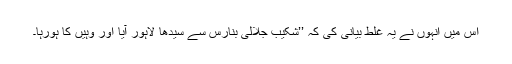
اس میں انہوں نے یہ غلط بیانی کی کہ ’’شکیب جلالی بنارس سے سیدھا لاہور آیا اور وہیں کا ہورہا۔